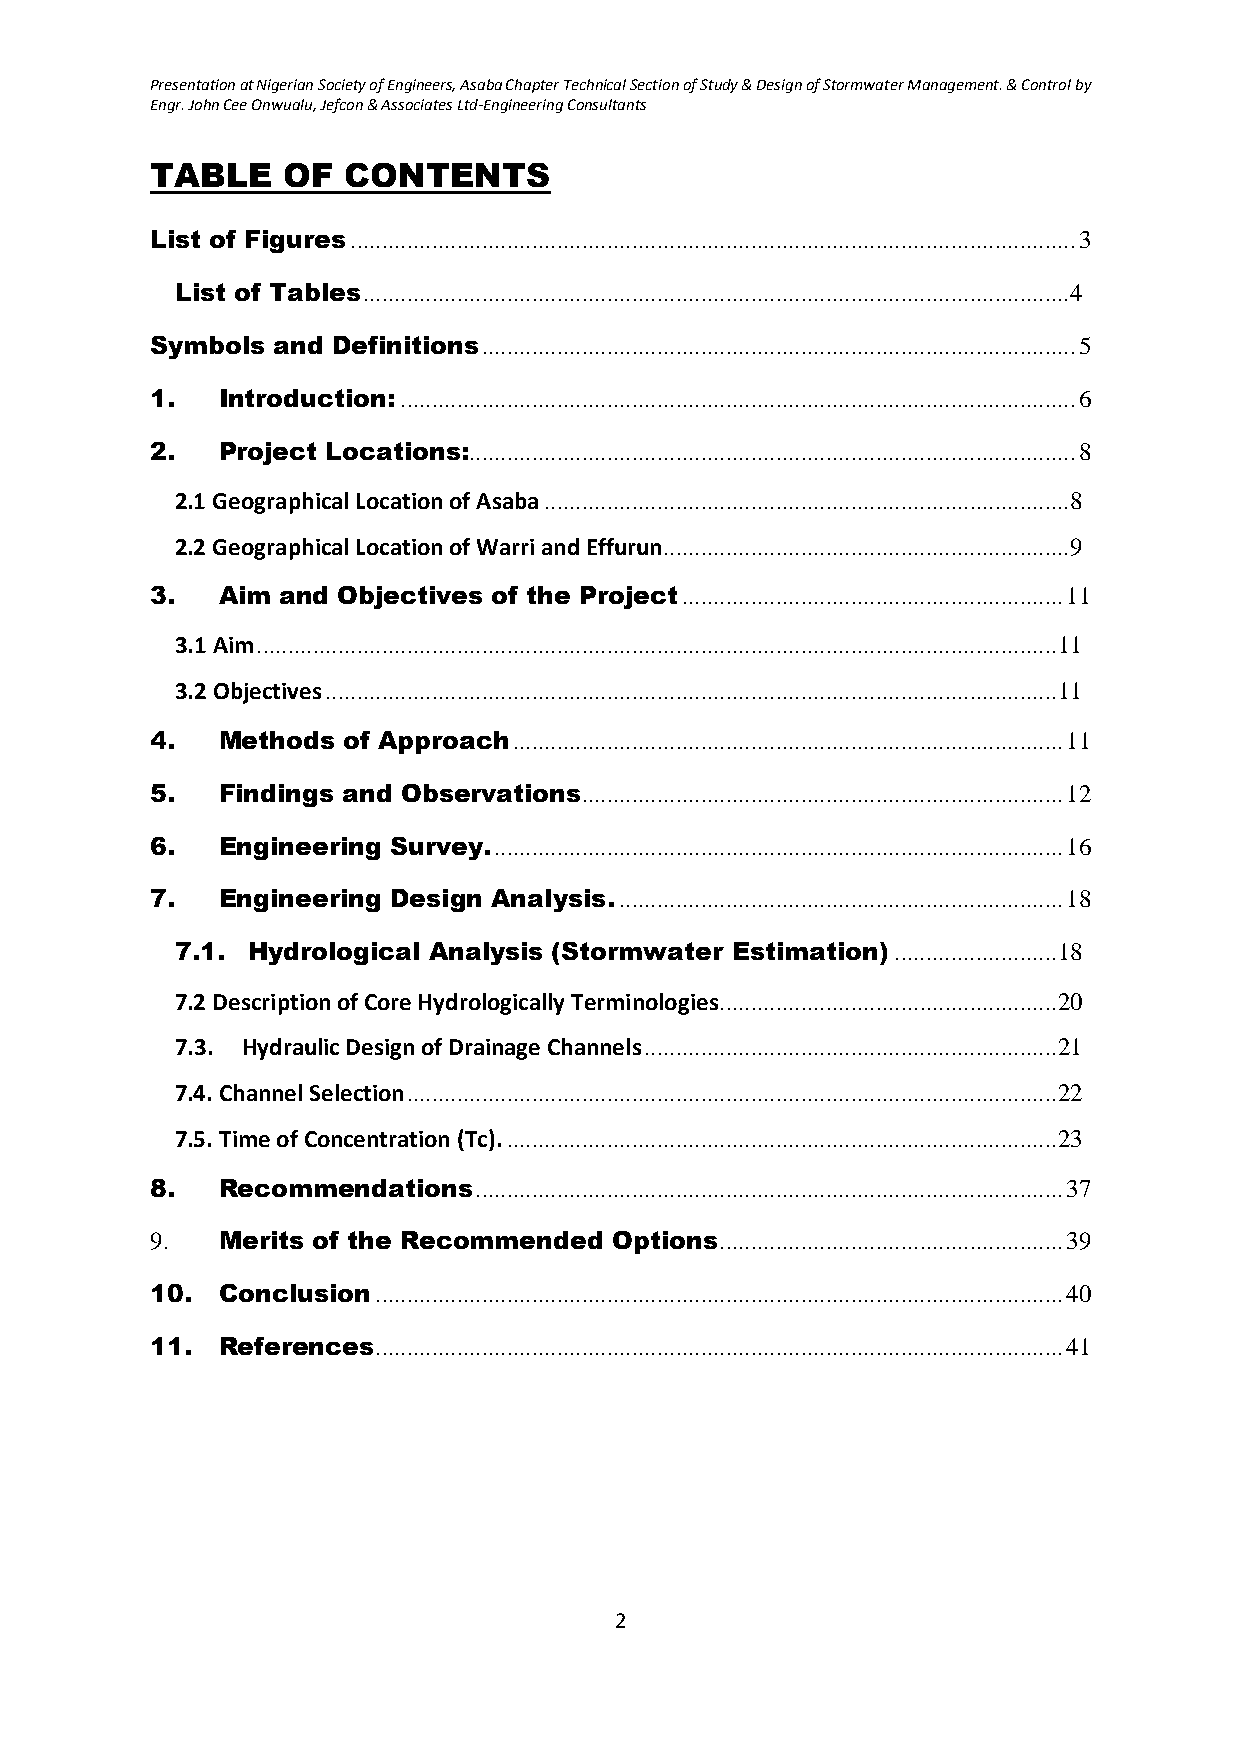
Presentation at Nigerian Society of Engineers, Asaba Chapter Technical Section of Study & Design of Stormwater Management. & Control by
 Engr. John Cee Onwualu, Jefcon & Associates Ltd-Engineering Consultants
 TABLE    OF  CONTENTS
 List of Figures .................................................................................................................... 3
 List of Tables ................................................................................................................. 4
 Symbols and Definitions ............................................................................................... 5
 1.  Introduction: ............................................................................................................ 6
 2.  Project Locations:................................................................................................. 8
 2.1 Geographical Location of Asaba .................................................................................... 8
 2.2 Geographical Location of Warri and Effurun................................................................. 9
 3.  Aim  and Objectives of the Project ............................................................. 11
 3.1 Aim ................................................................................................................................ 11
 3.2 Objectives ..................................................................................................................... 11
 4.  Methods  of Approach ........................................................................................ 11
 5.  Findings and Observations............................................................................. 12
 6.  Engineering Survey. ........................................................................................... 16
 7.  Engineering Design Analysis. ....................................................................... 18
 7.1. Hydrological Analysis (Stormwater Estimation) .......................... 18
 7.2 Description of Core Hydrologically Terminologies ...................................................... 20
 7.3. Hydraulic Design of Drainage Channels .................................................................. 21
 7.4. Channel Selection ........................................................................................................ 22
 7.5. Time of Concentration (Tc). ........................................................................................ 23
 8.  Recommendations  .............................................................................................. 37
 9.  Merits of the Recommended  Options ....................................................... 39
 10. Conclusion .............................................................................................................. 40
 11. References .............................................................................................................. 41
 2